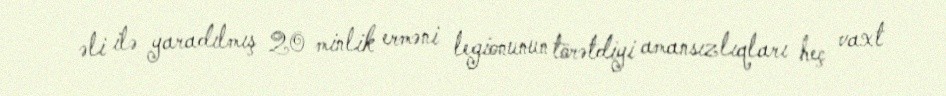
əli ilə yaradılmış 20 minlik erməni legionunun törətdiyi amansızlıqları heç vaxt